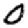
Digit: 0